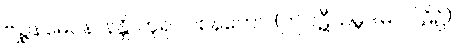
ဗျဉ္ဇနမေဝနာနန္တိ၊ ဟူ၍။ ဝစနတော၊ (ဤပဋီသမ္ဘိဒါမဂ်ပါဠိ၌)